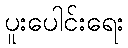
ပူးပေါင်းရေး